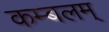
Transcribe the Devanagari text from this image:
कम्बलम्